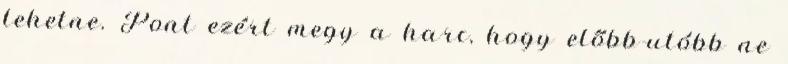
lehetne. Pont ezért megy a harc, hogy előbb-utóbb ne